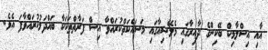
އާއި އިސްލާމިކް ބޭކިންގެ ދާއިރާގައި މެލޭޝިއާގައި މަސައްކަތްކުރައްވާ އިސް ފަރާތްތަކަކާ ބައްދަލުކުރައްވާފަ އެވެ.